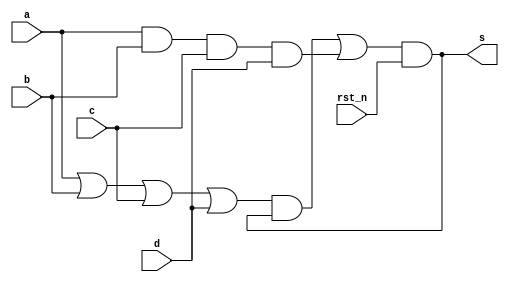
`timescale 1ns/1ns
module muller_4input #(parameter DELAY=0)
						   (input rst_n,
							input a,b,c,d,
							output s);
							
wire w1,w2,w3,w4;

or(w1,a,b,c,d);

and(w2,a,b,c,d);

and(w3,w1,s);

or(w4,w3,w2);

and #(DELAY) (s,w4,rst_n);

endmodule